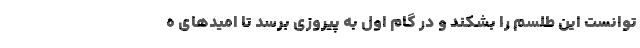
توانست این طلسم را بشکند و در گام اول به پیروزی برسد تا امیدهای ه